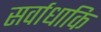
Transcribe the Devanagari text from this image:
सर्वाधाकि